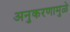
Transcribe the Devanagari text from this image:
अनुकरणामुळे